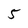
Character: 5